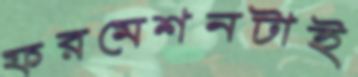
ফরমেশনটাই